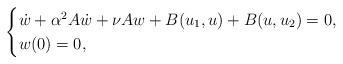
LaTeX: \begin{align*}\begin{cases}\dot{w}+\alpha^2A\dot{w} +\nu Aw+B(u_1,u)+B(u,u_2)=0,\\w(0)=0,\end{cases}\end{align*}